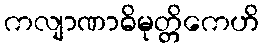
ကလျာဏာဓိမုတ္တိကေဟိ